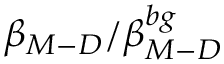
\beta _ { M - D } / \beta _ { M - D } ^ { b g }